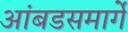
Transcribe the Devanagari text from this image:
आंबडसमार्गे